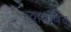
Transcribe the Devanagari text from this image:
न्यायबिंदु